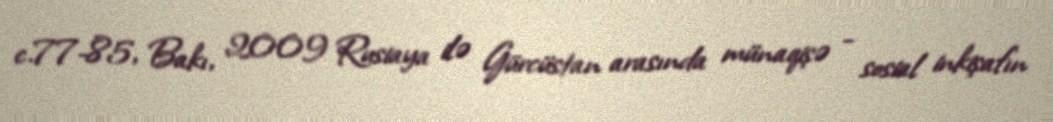
c.77-85, Bakı, 2009 Rusiaya ilə Gürcüstan arasında münaqişə - sosial inkişafın